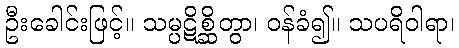
ဦးခေါင်းဖြင့်။ သမ္ပဋိစ္ဆိတွာ၊ ဝန်ခံ၍။ သပရိဝါရာ၊